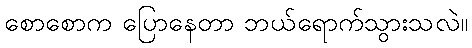
စောစောက ပြောနေတာ ဘယ်ရောက်သွားသလဲ။